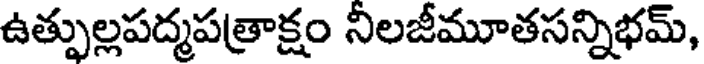
ఉత్పుల్లపద్మపత్రాక్షం నిలజీమూతసన్నిభమ్,